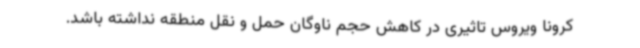
کرونا ویروس تاثیری در کاهش حجم ناوگان حمل و نقل منطقه نداشته باشد.